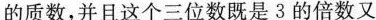
的质数，并且这个三位数既是3的倍数又